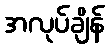
အလုပ်ချိန်